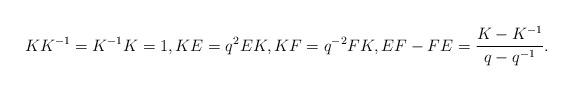
LaTeX: \begin{gather*} KK^{-1}=K^{-1}K=1, KE=q^2 EK,KF =q^{-2}FK, EF-FE=\frac{K-K^{-1}}{q-q^{-1}}. \end{gather*}